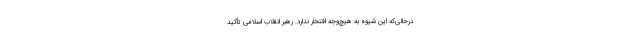
درحالی‌که این شیوه به هیچ‌وجه افتخار ندارد. رهبر انقلاب اسلامی تأکید